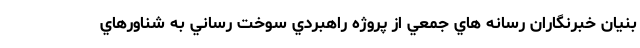
بنيان خبرنگاران رسانه هاي جمعي از پروژه راهبردي سوخت رساني به شناورهاي